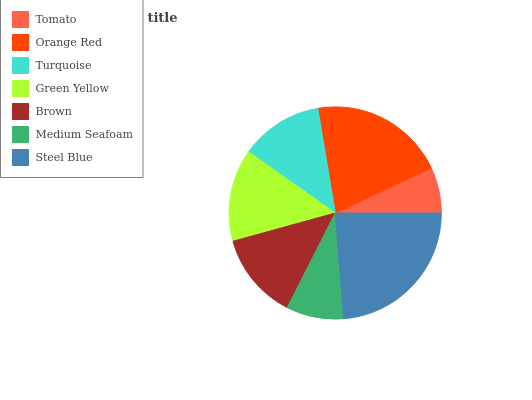
| Tomato | Orange Red | Turquoise | Green Yellow | Brown | Medium Seafoam | Steel Blue |
 | --- | --- | --- | --- | --- | --- | --- |
 | 6.97% | 20.7% | 12.6% | 14.1% | 13.2% | 8.72% | 23.7% |